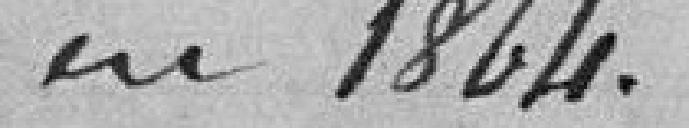
en 1864.